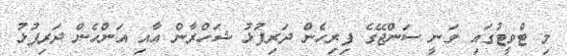
މި ޓްވީޓުގައި ވަނީ ސަންޖޭގެ ފިރިހެން ދަރިފުޅު ޝަހްރާން އާއި އަންހެން ދަރިފުޅު